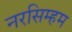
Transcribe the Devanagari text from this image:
नरसिम्हम